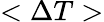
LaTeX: <\Delta T>